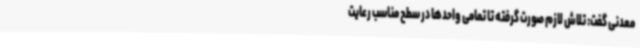
معدنی گفت: تلاش لازم صورت گرفته تا تمامی واحدها در سطح مناسب رعایت